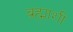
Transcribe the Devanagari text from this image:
ब्रह्माशी